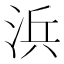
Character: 浜